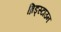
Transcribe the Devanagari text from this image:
ब्रिड्स्टाउन